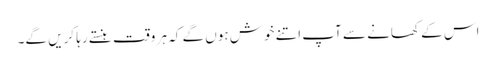
اس کے کھانے سے آپ اتنے خوش ہوں گے کہ ہر وقت ہنستے رہا کریں گے۔